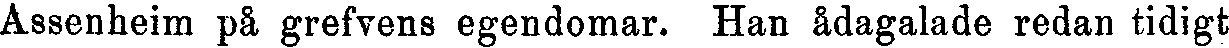
Assenheim på grefvens egendomar. Han ådagalade redan tidigt